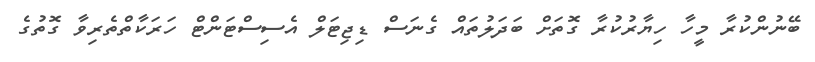
ބޭނުންކުރާ މީހާ ހިޔާރުކުރާ ގޮތަށް ބަދަލުތައް ގެނަސް ޑިޖިޓަލް އެސިސްޓަންޓް ހަރަކާތްތެރިވާ ގޮތުގެ